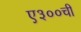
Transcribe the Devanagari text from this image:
ए३००ची